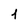
Character: 1